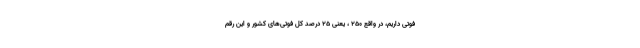
فوتی داریم، در واقع ۲۵۰ ، یعنی ۲۵ درصد کل فوتی‌های کشور و این رقم